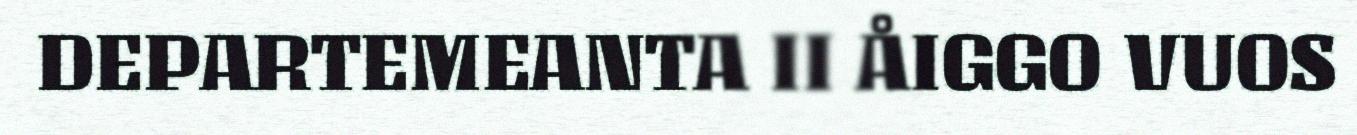
DEPARTEMEANTA II ÅIGGO VUOS